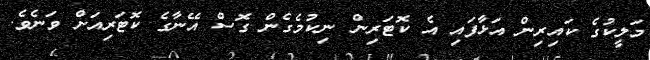
މަލީކުގެ ކައިރިން އަޅާފައި އެ ކޮޓަރިން ނިކުމެގެން ގޮސް އޭނާގެ ކޮޓަރިއަށް ވަނެވެ.